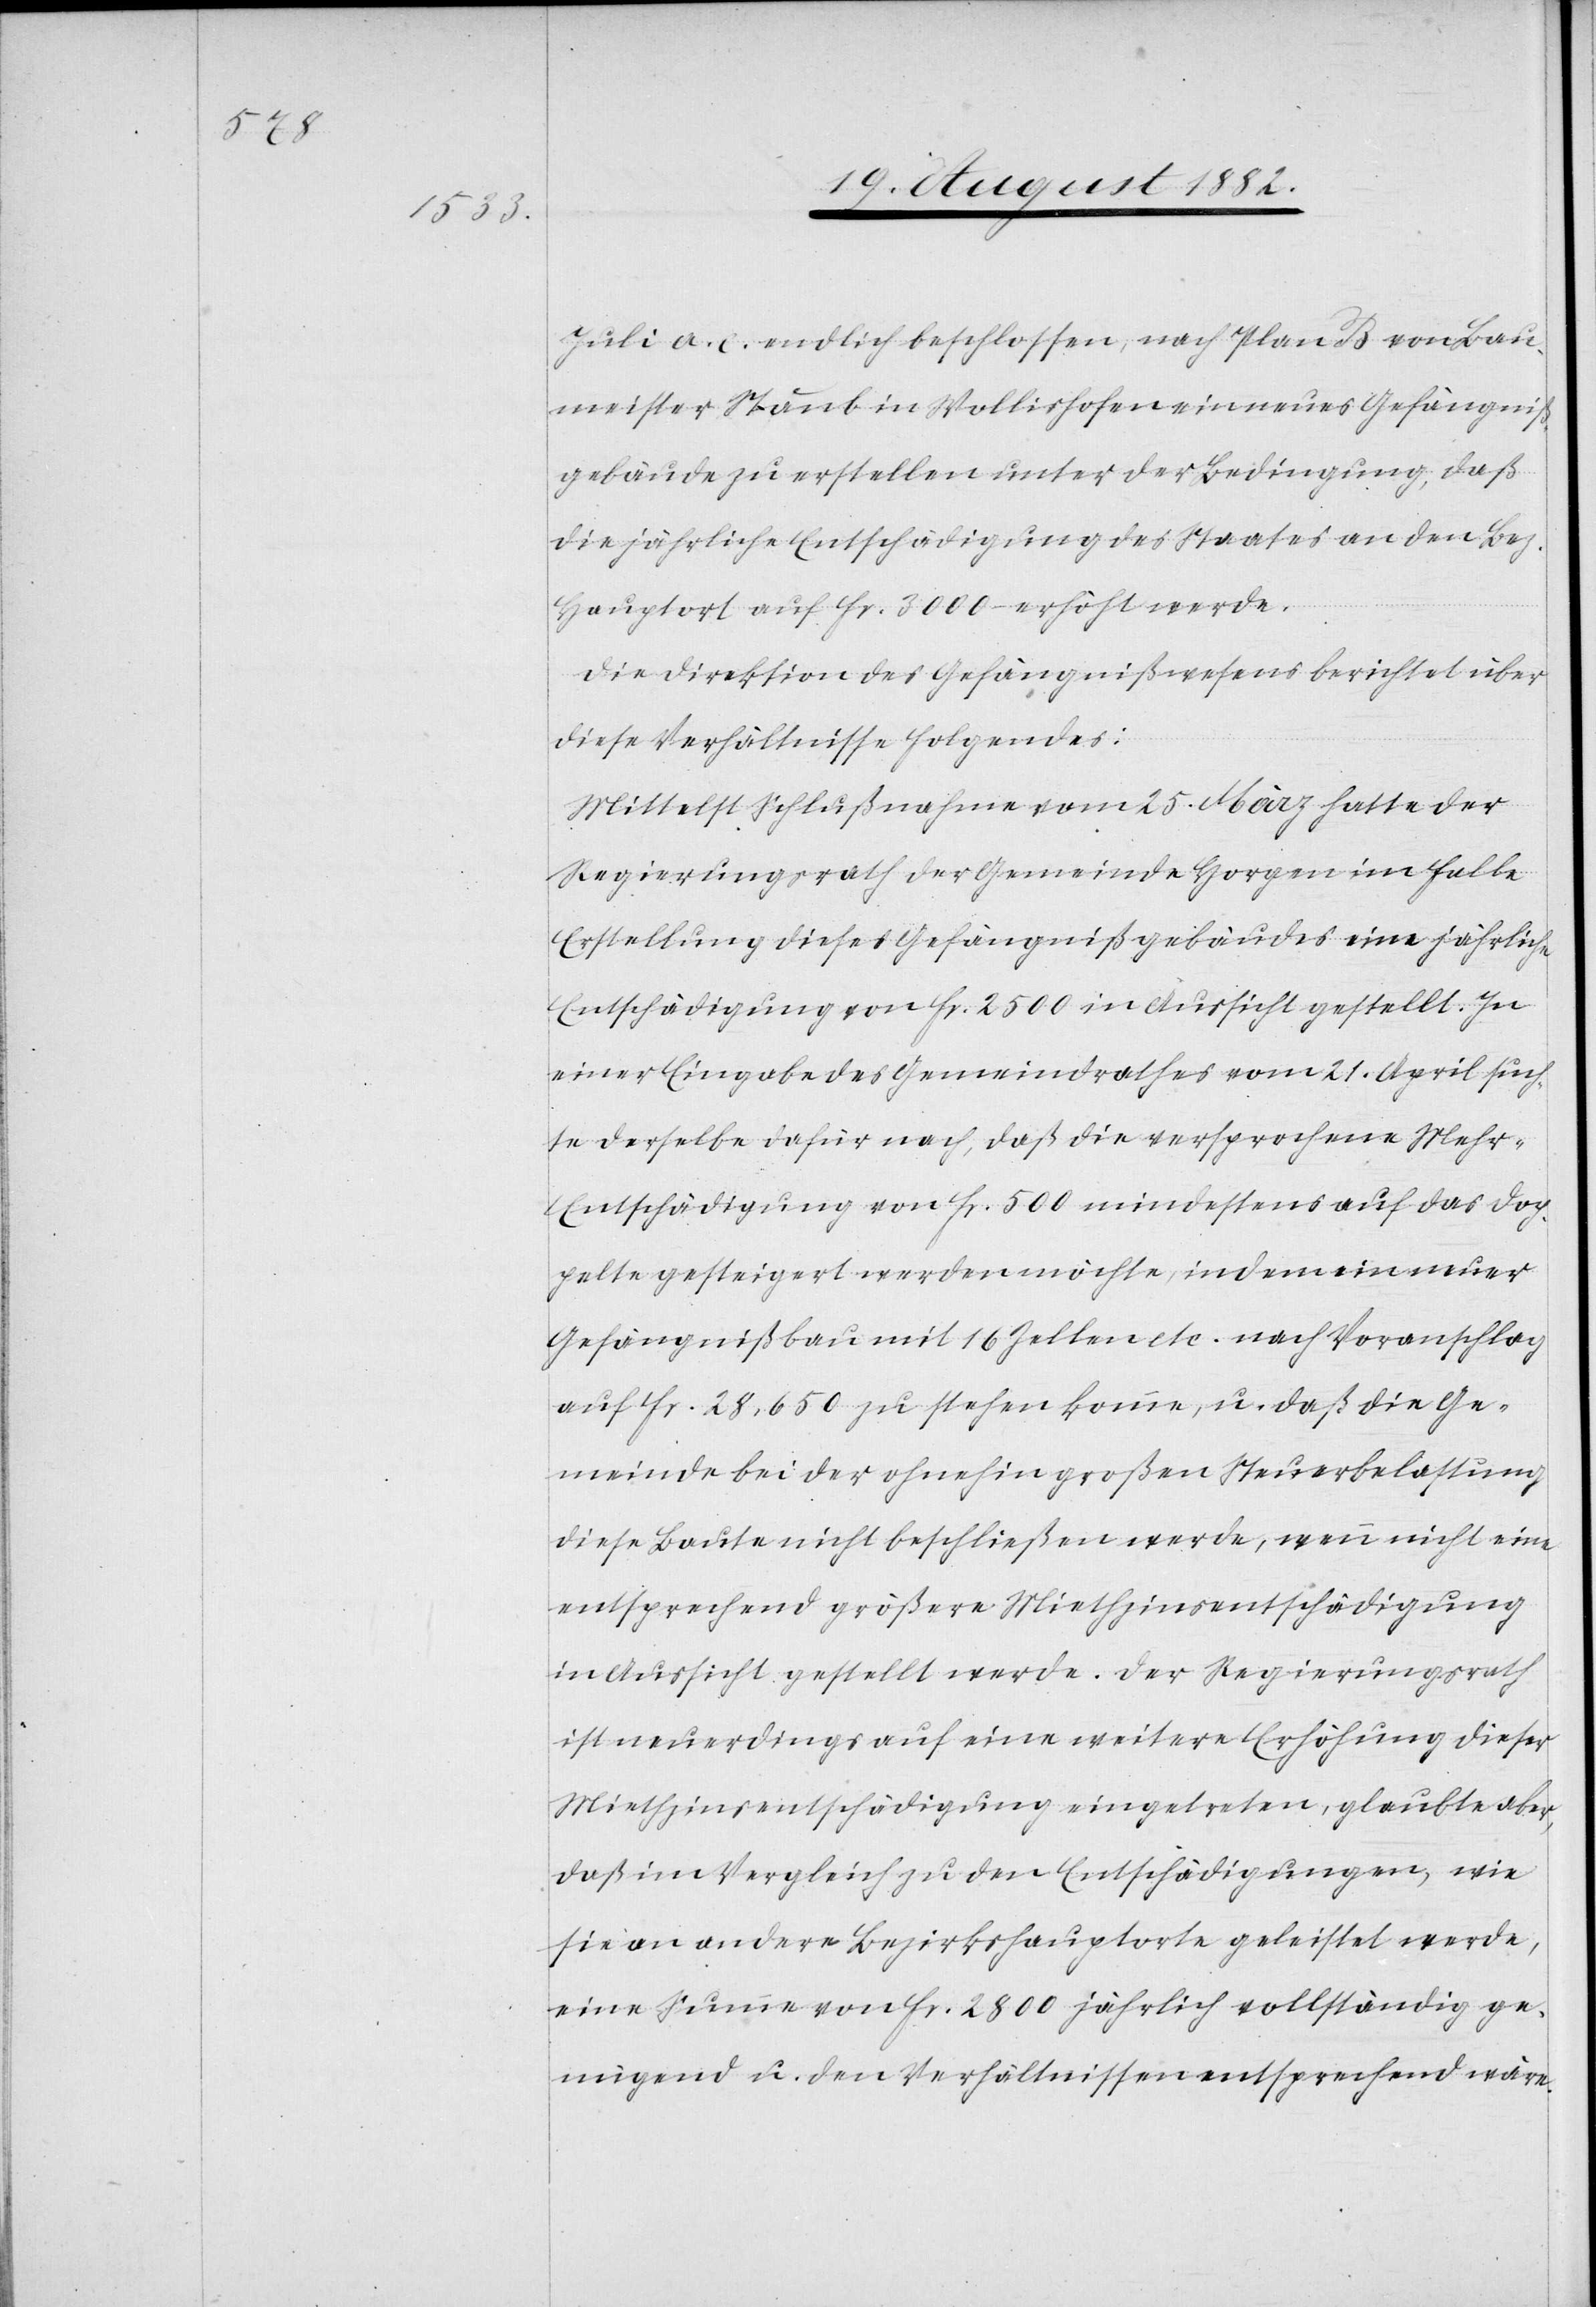
Juli a. c. endlich beschlossen, nach Plan B von Bau¬
meister Staub in Wollishofen ein neues Gefängniß¬
gebäude zu erstellen unter der Bedingung, daß
die jährliche Entschädigung des Staates an den Bez.
Hauptort auf Fr. 3000 – erhöht werde.
Die Direktion des Gefängnißwesens berichtet über
diese Verhältnisse Folgendes:
Mittelst Schlußnahme vom 25. März hatte der
Regierungsrath der Gemeinde Horgen im Falle
Erstellung dieses Gefängnißgebäudes eine jährliche
Entschädigung von Fr. 2500 in Aussicht gestellt. In
einer Eingabe des Gemeindrathes vom 21. April such¬
te derselbe dafür nach, daß die versprochene Mehr-E¬
ntschädigung von Fr. 500 mindestens auf das Dop¬
pelte gesteigert werden möchte, indem ein neuer
Gefängnißbau mit 16 Zellen etc. nach Voranschlag
auf Fr. 28,650 zu stehen komme, u. daß die Ge¬
meinde bei der ohnehin großen Steuerbelastung
diese Baute nicht beschließen werden, wenn nicht eine
entsprechende größere Miethzinsentschädigung
in Aussicht gestellt werde. Der Regierungsrath
ist neuerdings auf eine weitere Erhöhung dieser
Miethzinsentschädigung eingetreten, glaubte aber,
daß im Vergleich zu den Entschädigungen, wie
sie an andere Bezirkshauptorte geleistet werde,
eine Summe von Fr. 2800 jährlich vollständig ge¬
nügend u. den Verhältnissen entsprechend wäre.